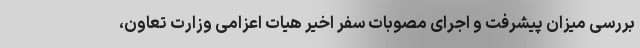
بررسی میزان پیشرفت و اجرای مصوبات سفر اخیر هیات اعزامی وزارت تعاون،